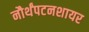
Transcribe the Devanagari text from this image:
नौर्थंपटनशायर